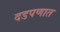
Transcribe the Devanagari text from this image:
दडपणात